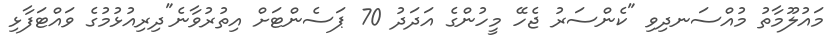
މައުލޫމާތު މުއްސަނދިވި "ކެންސަރު ޖެހޭ މީހުންގެ އަދަދު 70 ޕަސެންޓަށް އިތުރުވާނެ"ދިރިއުޅުމުގެ ވައްޓަފާޅި